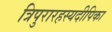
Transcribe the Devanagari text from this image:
त्रिपुरारहस्यदीपिका